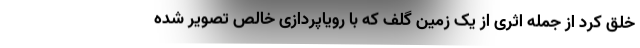
خلق کرد از جمله اثری از یک زمین گلف که با رویاپردازی خالص تصویر شده